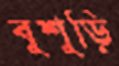
বুশুড়ি